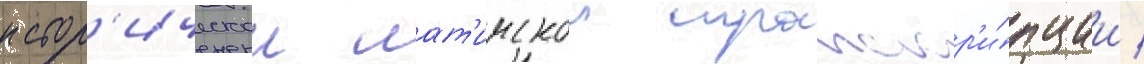
истор'ическои лат'инскои транскр'и́пции /